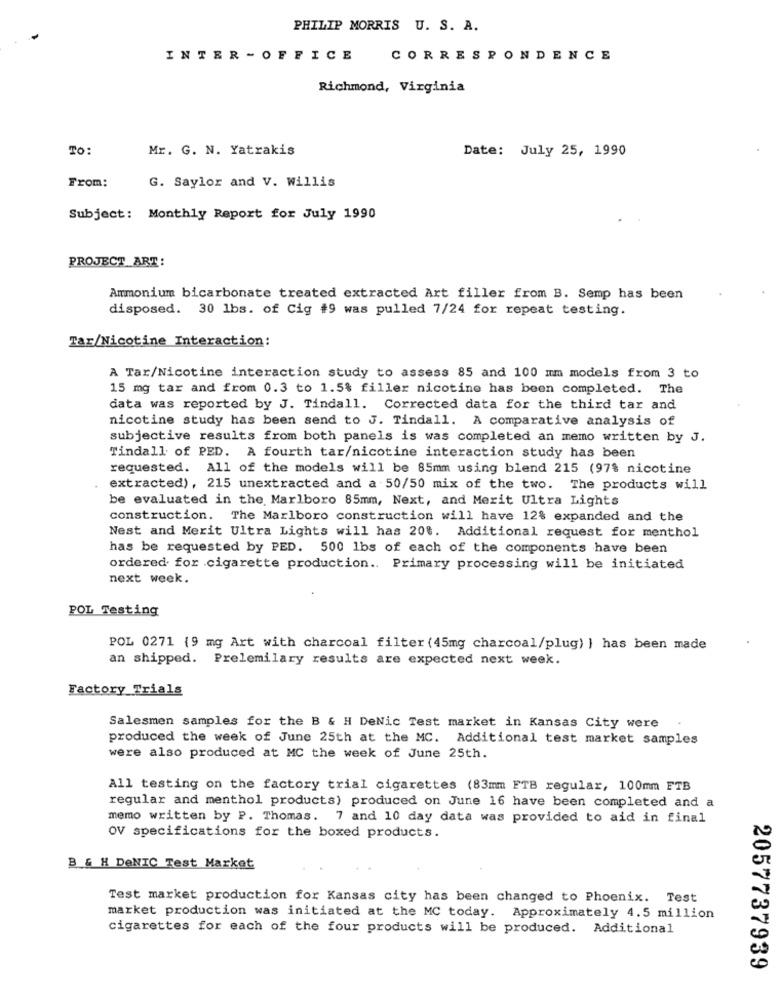
PHILIP MORRIS U. S. A.
INTER - OFFICE
CORRESPONDENCE
Richmond, Virginia
TO:
Mr. G. N. Yatrakis
Date: July 25, 1990
From:
G. Saylor and V. Willis
Subject: Monthly Report for July 1990
PROJECT ART:
Ammonium bicarbonate treated extracted Art filler from B. Semp has been
disposed. 30 1bs. of Cig #9 was pulled 7/24 for repeat testing.
Tar/Nicotine Interaction:
A Tar/Nicotine interaction study to assess 85 and 100 mm models from 3 to
15 mg tar and from 0.3 to 1.5% filler nicotine has been completed. The
data was reported by J. Tindall. Corrected data for the third tar and
nicotine study has been send to J. Tindall. A comparative analysis of
subjective results from both panels is was completed an memo written by J.
Tindall of PED. A fourth tar/nicotine interaction study has been
requested. All of the models will be 85mm using blend 215 (97% nicotine
extracted), 215 unextracted and a 50/50 mix of the two. The products will
be evaluated in the Marlboro 85mm, Next, and Merit Ultra Lights
construction. The Marlboro construction will have 12% expanded and the
Nest and Merit Ultra Lights will has 20%. Additional request for menthol
has be requested by PED. 500 1bs of each of the components have been
ordered for cigarette production .. Primary processing will be initiated
next week.
POL Testing
POL 0271 {9 mg Art with charcoal filter (45mg charcoal/plug) } has been made
an shipped. Prelemilary results are expected next week.
Factory Trials
Salesmen samples for the B & H DeNic Test market in Kansas City were
produced the week of June 25th at the MC. Additional test market samples
were also produced at MC the week of June 25th.
All testing on the factory trial cigarettes (83mm FTB regular, 100mm FTB
regular and menthol products) produced on June 16 have been completed and a
memo written by P. Thomas. 7 and 10 day data was provided to aid in final
OV specifications for the boxed products.
B & H DeNIC Test Market
Test market production for Kansas city has been changed to Phoenix. Test
market production was initiated at the MC today. Approximately 4.5 million
cigarettes for each of the four products will be produced. Additional
2057737939